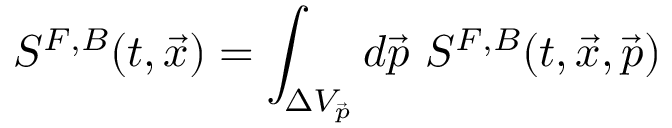
S ^ { F , B } ( t , \vec { x } ) = \int _ { \Delta V _ { \vec { p } } } d \vec { p } \ S ^ { F , B } ( t , \vec { x } , \vec { p } )